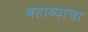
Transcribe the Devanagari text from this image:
बहाव्याचा